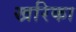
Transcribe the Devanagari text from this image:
खरिका